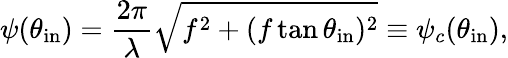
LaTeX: \psi(\theta_{\mathrm{in}})=\frac{2\pi}{\lambda}\sqrt{f^{2}+(f\tan{\theta_{\mathrm{in}}})^{2}}\equiv\psi_{c}(\theta_{\mathrm{in}}),